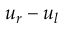
u _ { r } - u _ { l }